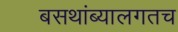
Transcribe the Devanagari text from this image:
बसथांब्यालगतच